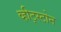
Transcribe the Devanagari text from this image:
व्हीट्स्टोन